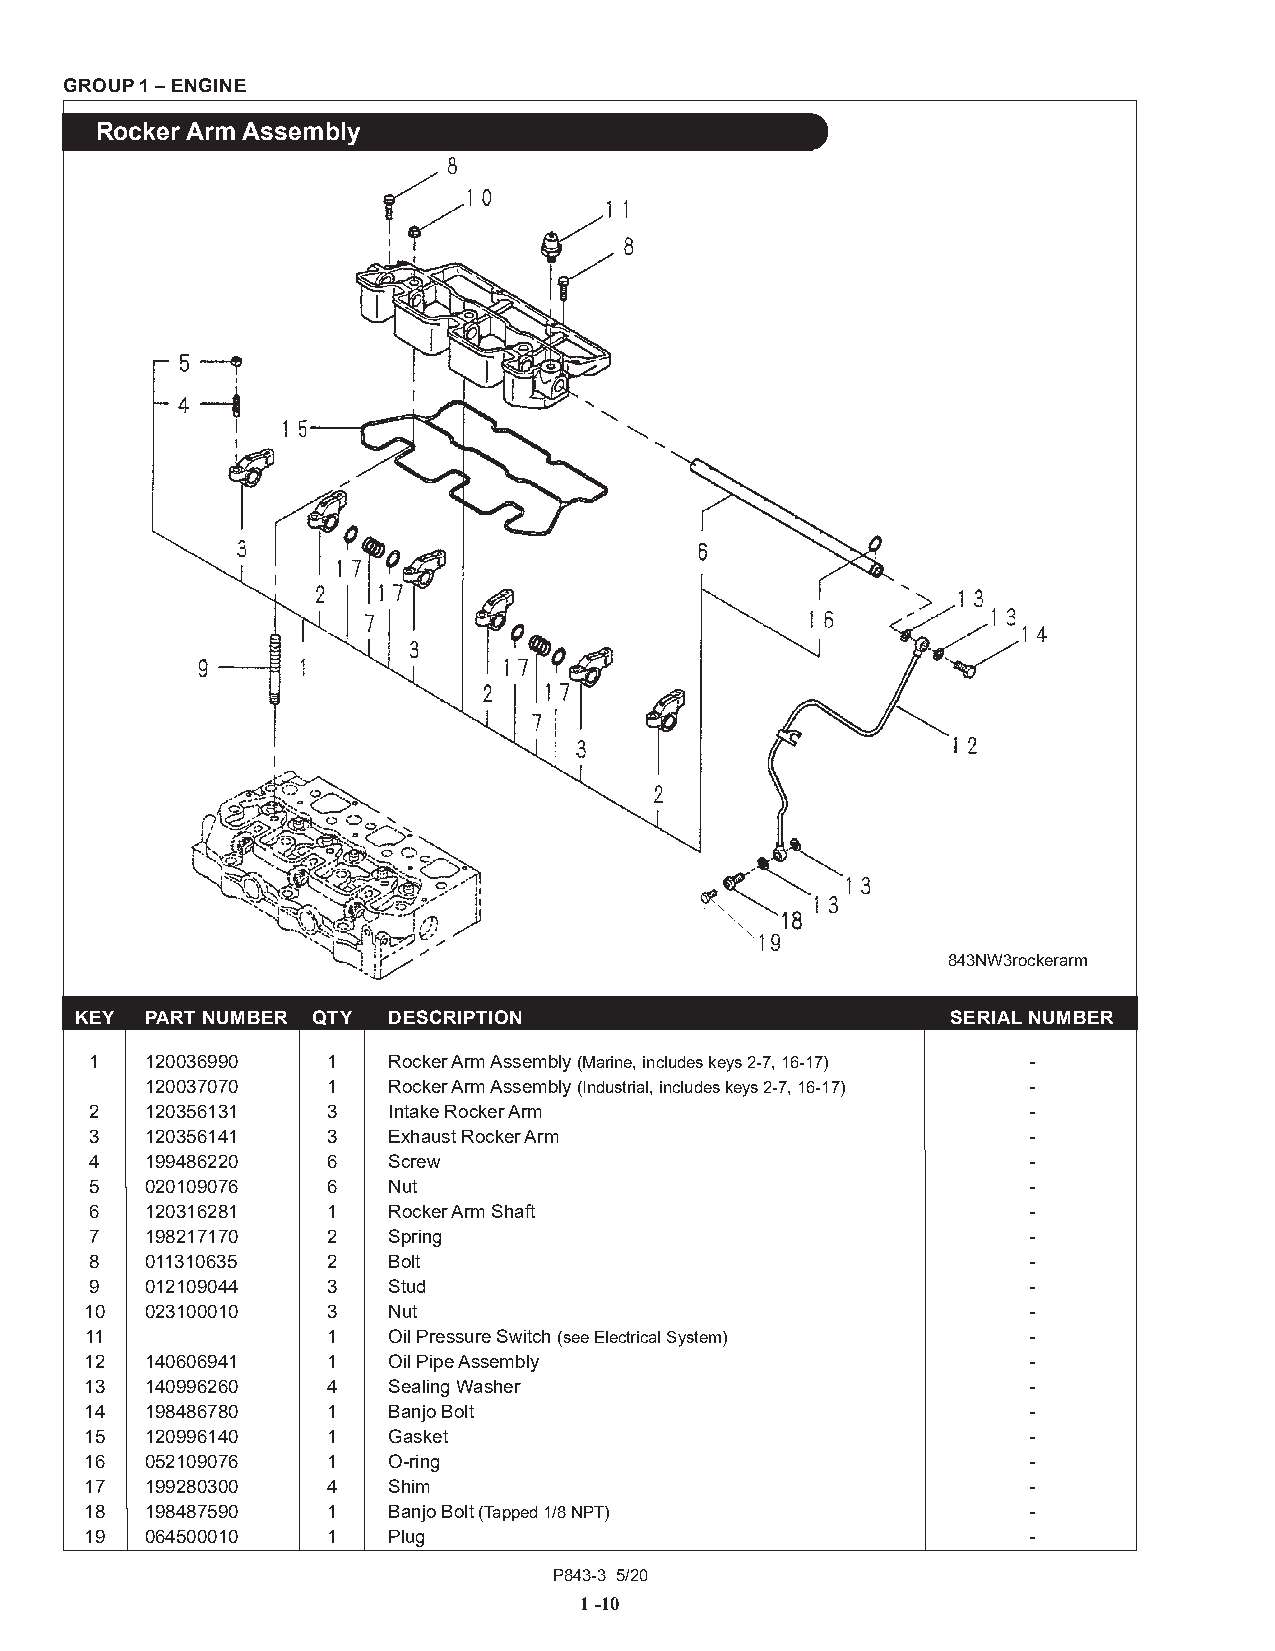
GROUP 1 – ENGINE
 Rocker Arm Assembly
 843NW3rockerarm
 KEY  PART NUMBER QTY DESCRIPTION                          SERIAL NUMBER
 1   120036990   1   Rocker Arm Assembly (Marine, includes keys 2-7, 16-17) -
 120037070   1   Rocker Arm Assembly (Industrial, includes keys 2-7, 16-17) -
 2   120356131   3   Intake Rocker Arm                         -
 3   120356141   3   Exhaust Rocker Arm                        -
 4   199486220   6   Screw                                     -
 5   020109076   6   Nut                                       -
 6   120316281   1   Rocker Arm Shaft                          -
 7   198217170   2   Spring                                    -
 8   011310635   2   Bolt                                      -
 9   012109044   3   Stud                                      -
 10  023100010   3   Nut                                       -
 11              1   Oil Pressure Switch (see Electrical System) -
 12  140606941   1   Oil Pipe Assembly                         -
 13  140996260   4   Sealing Washer                            -
 14  198486780   1   Banjo Bolt                                -
 15  120996140   1   Gasket                                    -
 16  052109076   1   O-ring                                    -
 17  199280300   4   Shim                                      -
 18  198487590   1   Banjo Bolt (Tapped 1/8 NPT)               -
 19  064500010   1   Plug                                      -
 P843-3 5/20
 1 -10